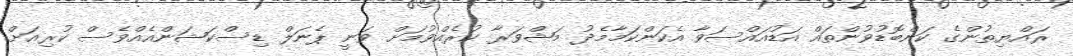
ރައްޔިތުންގެ ކަންބޮޑުވުންތައް އަޑުއައްސަވާ އެކަންކަމާމެދު މަޝްވަރާ ކުރެއްވުމަށް ވަނީ ޕެނަލް ޑިސްކަޝަންއެއްވެސް ކުރިއަށް